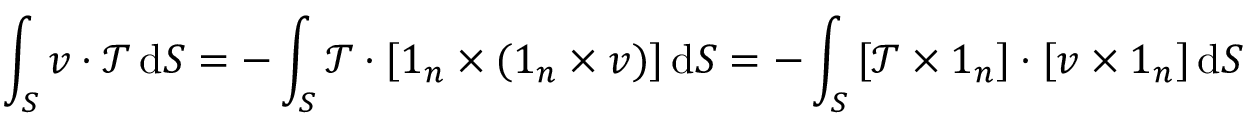
\int _ { S } \boldsymbol { v } \boldsymbol { \cdot } \boldsymbol { \mathcal { T } } \, \mathrm { d } S = - \int _ { S } \boldsymbol { \mathcal { T } } \boldsymbol { \cdot } \left[ \boldsymbol { 1 } _ { n } \times ( \boldsymbol { 1 } _ { n } \times \boldsymbol { v } ) \right] \mathrm { d } S = - \int _ { S } \left[ \boldsymbol { \mathcal { T } } \times \boldsymbol { 1 } _ { n } \right] \boldsymbol { \cdot } \left[ \boldsymbol { v } \times \boldsymbol { 1 } _ { n } \right] \mathrm { d } S